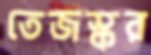
তেজস্কর